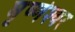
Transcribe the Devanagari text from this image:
घृष्‍णेश्‍वर